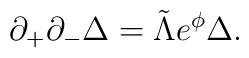
\partial_+\partial_-\Delta = \tilde{\Lambda}e^{\phi}\Delta.